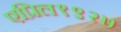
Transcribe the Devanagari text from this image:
एप्रिल१९२७